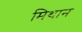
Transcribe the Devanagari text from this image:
मिथान